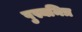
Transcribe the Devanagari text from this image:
पुस्यमित्र